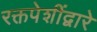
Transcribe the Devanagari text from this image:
रक्तपेशींद्वारे